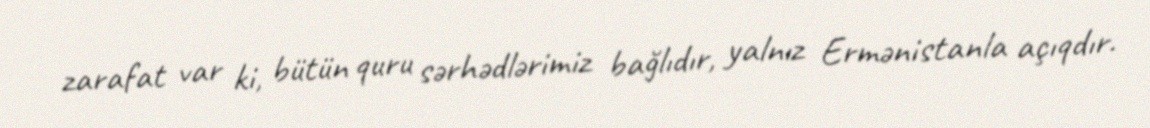
zarafat var ki, bütün quru sərhədlərimiz bağlıdır, yalnız Ermənistanla açıqdır.